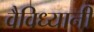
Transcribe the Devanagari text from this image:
वैविध्यानी